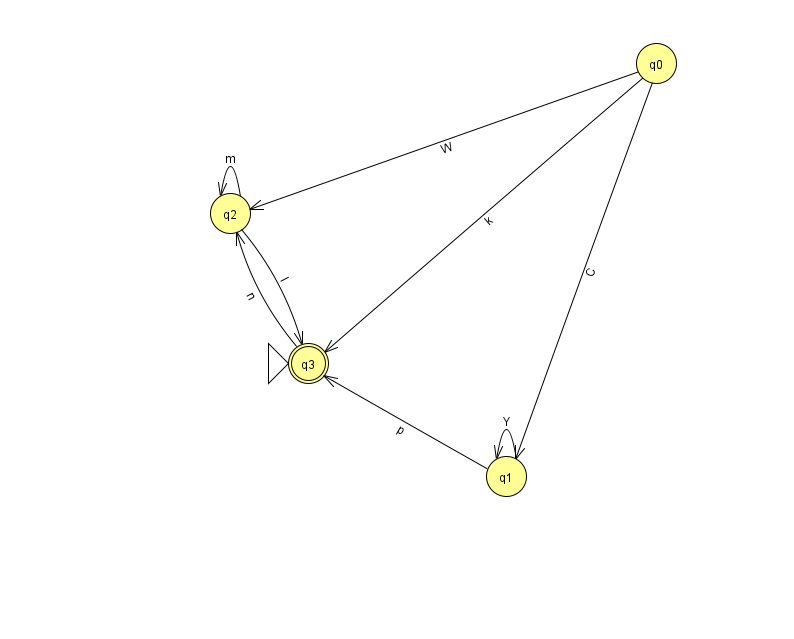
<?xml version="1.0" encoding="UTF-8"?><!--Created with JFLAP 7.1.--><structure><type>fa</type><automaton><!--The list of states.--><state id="0" name="q0"><x>656.0</x><y>50.0</y></state><state id="1" name="q1"><x>506.0</x><y>463.0</y></state><state id="2" name="q2"><x>230.0</x><y>200.0</y></state><state id="3" name="q3"><x>308.0</x><y>350.0</y><initial/><final/></state><!--The list of transitions.--><transition><from>1</from><to>3</to><read>p</read></transition><transition><from>0</from><to>3</to><read>k</read></transition><transition><from>1</from><to>1</to><read>Y</read></transition><transition><from>3</from><to>2</to><read>n</read></transition><transition><from>0</from><to>1</to><read>C</read></transition><transition><from>0</from><to>2</to><read>W</read></transition><transition><from>2</from><to>2</to><read>m</read></transition><transition><from>2</from><to>3</to><read>I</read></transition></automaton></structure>